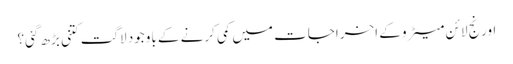
اورنج لائن میٹرو کے اخراجات میں کمی کرنے کے باوجود لاگت کتنی بڑھ گئی؟